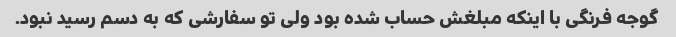
گوجه فرنگی با اینکه مبلغش حساب شده بود ولی تو سفارشی که به دسم رسید نبود.